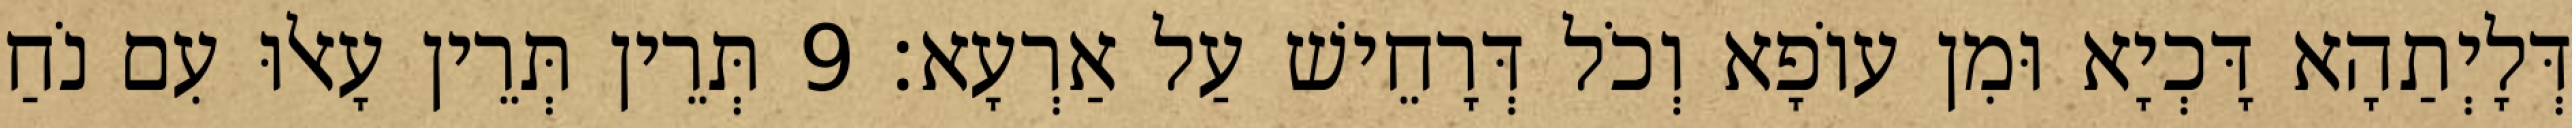
דְּלָיְתַהָא דָּכְיָא וּמִן עוֹפָא וְכֹל דְּרָחֵישׁ עַל אַרְעָא׃ 9 תְּרֵין תְּרֵין עָאלוּ עִם נֹחַ